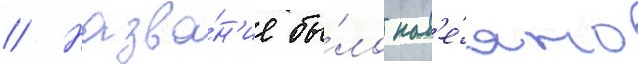
// Назва́н'ие бы́ло нав'е́яно